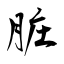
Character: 脏